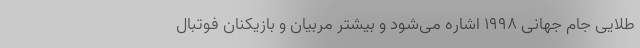
طلایی جام جهانی 1998 اشاره می‌شود و بیشتر مربیان و بازیکنان فوتبال